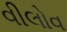
વીલોવ